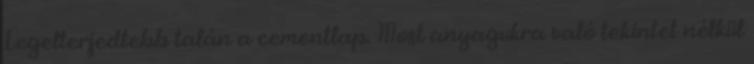
Legelterjedtebb talán a cementlap. Most anyagukra való tekintet nélkül